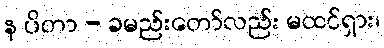
န ပိတာ - ခမည်းတော်လည်း မထင်ရှား၊